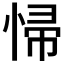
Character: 𱞨